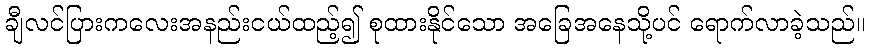
ချီလင်ပြားကလေးအနည်းငယ်ထည့်၍ စုထားနိုင်သော အခြေအနေသို့ပင် ရောက်လာခဲ့သည်။